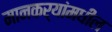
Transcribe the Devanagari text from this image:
मानकर्‍यांमधील